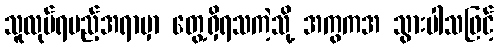
သူလုပ်ရမည့်အရာမှာ တွေ့ရှိရသကဲ့သို့ အကွကအ သွားပါသဖြင့်